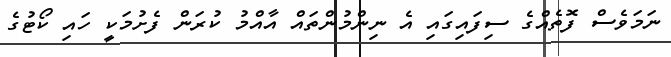
ނަމަވެސް ފޮތެއްގެ ސިފައިގައި އެ ނިންމުންތައް އާއްމު ކުރަން ފެށުމަކީ ހައި ކޯޓުގެ